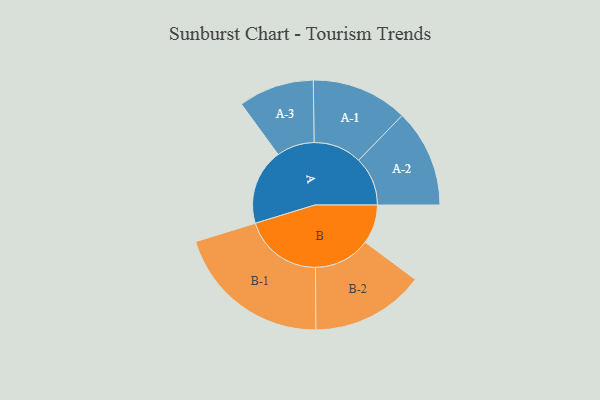
{"axis": {"x": "Segment", "y": "Value"}, "legend": ["", "A", "B"], "data": [{"x": "A", "y": 285, "type": ""}, {"x": "B", "y": 147, "type": ""}, {"x": "A-1", "y": 181, "type": "A"}, {"x": "A-2", "y": 184, "type": "A"}, {"x": "A-3", "y": 142, "type": "A"}, {"x": "B-1", "y": 295, "type": "B"}, {"x": "B-2", "y": 213, "type": "B"}]}